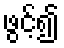
ဖွင့်၍